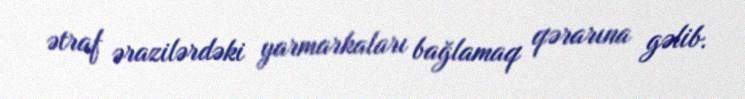
ətraf ərazilərdəki yarmarkaları bağlamaq qərarına gəlib.